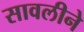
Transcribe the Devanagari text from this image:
सावलीने